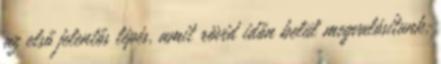
az első jelentős lépés, amit rövid időn belül megvalósítunk,